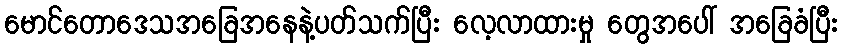
မောင်တောဒေသအခြေအနေနဲ့ပတ်သက်ပြီး လေ့လာထားမှု တွေအပေါ် အခြေခံပြီး